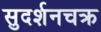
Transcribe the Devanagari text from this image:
सुदर्शनचक्र